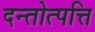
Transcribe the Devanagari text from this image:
दन्तोत्पत्ति